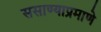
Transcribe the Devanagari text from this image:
ससाण्याप्रमाणे